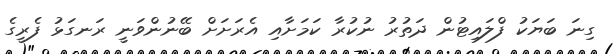
ގިނަ ބަޔަކު ފްލައިޓުން ދަތުރު ނުކުރާ ކަމަށާއި އެރަށަށް ބޭނުންވަނީ ރަނގަޅު ފެރީގެ